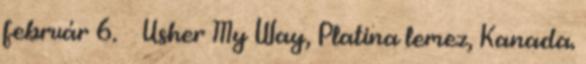
február 6. ↑ Usher My Way, Platina lemez, Kanada.